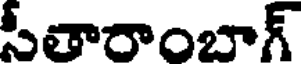
సీతారాంబాగ్